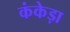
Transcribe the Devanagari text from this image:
कंकेड़ा